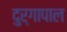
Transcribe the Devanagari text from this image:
दुर्गापाल